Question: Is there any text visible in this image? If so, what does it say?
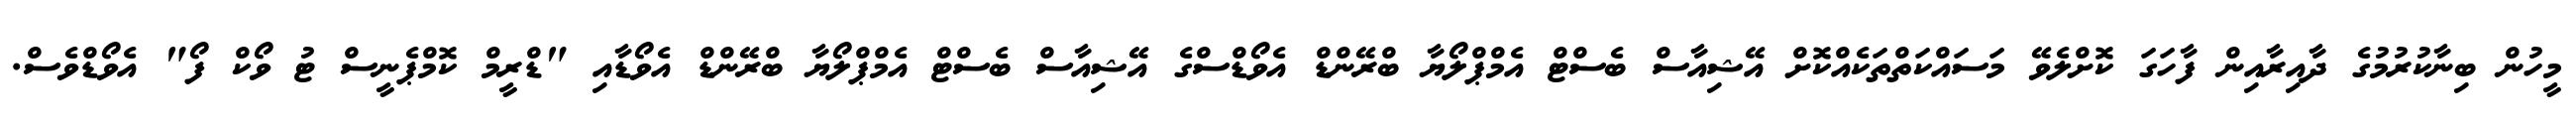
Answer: މީހުން ބިނާކުރުމުގެ ދާއިރާއިން ފާހަގަ ކޮށްލެވޭ މަސައްކަތްތަކެއްކޮށް އޭޝިއާސް ބެސްޓް އެމްޕްލޯޔާ ބްރޭންޑް އެވޯޑްސްގެ އޭޝިއާސް ބެސްޓް އެމްޕްލޯޔާ ބްރޭންޑް އެވޯޑާއި "ޑްރީމް ކޮމްޕެނީސް ޓު ވޯކް ފޯ" އެވޯޑްވެސް.